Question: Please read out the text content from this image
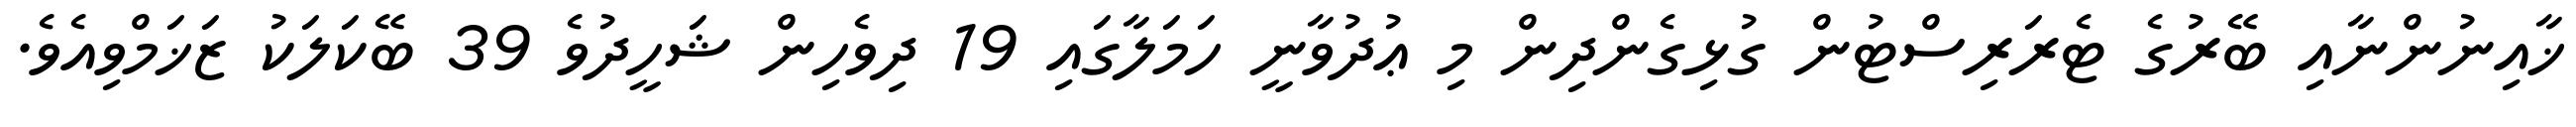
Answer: ޚާއިނުންނާއި ބޭރުގެ ޓެރަރިސްޓުން ގުޅިގެންދިން މި ޢުދުވާނީ ހަމަލާގައި 19 ދިވެހިން ޝަހީދުވެ 39 ބޭކަލަކު ޒަޚަމްވިއެވެ.